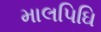
માલપિઘિ